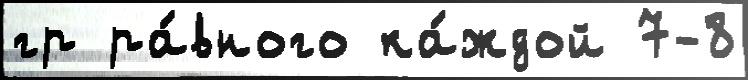
гр ра́вного ка́ждой 7-8